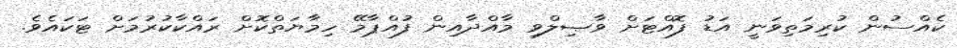
ކެއްސުން ކުރިމަތިވަނީ އަޑު ފޮއްޓަށް ވާޞިލްވި މާއްދާއިން ފުއްޕާމޭ ހިމާޔަތްކޮށް ރައްކާކުރުމަށް ޓަކައެވެ.